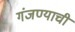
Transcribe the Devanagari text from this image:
गंजण्याची